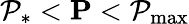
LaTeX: \mathcal{P}_{*}<\mathbf{P}<\mathcal{P}_{\operatorname*{max}}